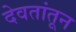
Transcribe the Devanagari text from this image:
देवतांतून